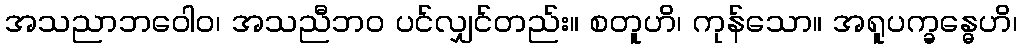
အသညာဘဝေါဝ၊ အသညီဘဝ ပင်လျှင်တည်း။ စတူဟိ၊ ကုန်သော။ အရူပက္ခန္ဓေဟိ၊